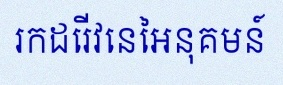
រកដេរីវេនៃអនុគមន៍